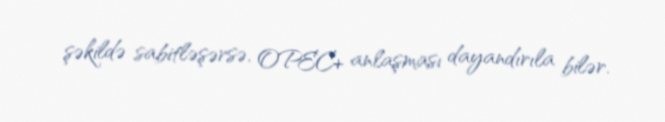
şəkildə sabitləşərsə, OPEC+ anlaşması dayandırıla bilər.